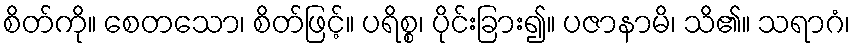
စိတ်ကို။ စေတသော၊ စိတ်ဖြင့်။ ပရိစ္စ၊ ပိုင်းခြား၍။ ပဇာနာမိ၊ သိ၏။ သရာဂံ၊